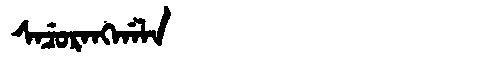
Manchu: ᠰᠠᠴᡠᡵᠠᠩᡤᠠᠯᠠ
Romanization: SACURANGGALA